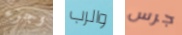
وجزء والرب جرس